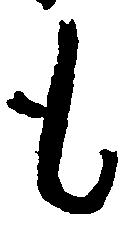
も